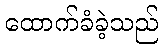
ထောက်ခံခဲ့သည်